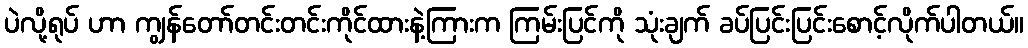
ပဲလို့ရုပ် ဟာ ကျွန်တော်တင်းတင်းကိုင်ထားနဲ့ကြားက ကြမ်းပြင်ကို သုံးချက် ခပ်ပြင်းပြင်းစောင့်လိုက်ပါတယ်။